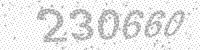
Solution: 230660